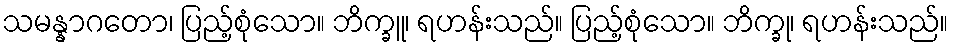
သမန္နာဂတော၊ ပြည့်စုံသော။ ဘိက္ခူ၊ ရဟန်းသည်။ ပြည့်စုံသော။ ဘိက္ခု၊ ရဟန်းသည်။